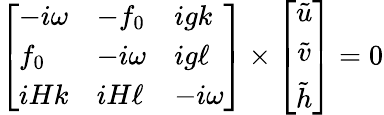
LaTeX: \left[\begin{array}{lll}{-i\omega}&{-f_{0}}&{igk}\\ {f_{0}}&{-i\omega}&{ig\ell}\\ {iHk}&{iH\ell}&{-i\omega}\end{array}\right]\times\left[\begin{array}{c}{\tilde{u}}\\ {\tilde{v}}\\ {\tilde{h}}\end{array}\right]=0